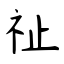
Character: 祉